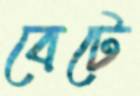
বেটে